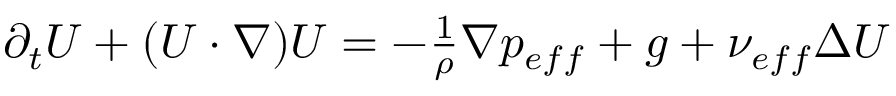
\begin{array} { r } { \partial _ { t } U + ( U \cdot \nabla ) U = - \frac { 1 } { \rho } \nabla p _ { e f f } + g + \nu _ { e f f } \Delta U } \end{array}